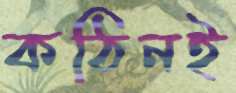
কঠিনই